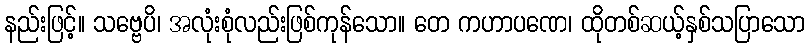
နည်းဖြင့်။ သဗ္ဗေပိ၊ အလုံးစုံလည်းဖြစ်ကုန်သော။ တေ ကဟာပဏေ၊ ထိုတစ်ဆယ့်နှစ်သပြာသော